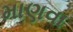
માણવા